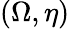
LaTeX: (\Omega,\eta)